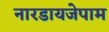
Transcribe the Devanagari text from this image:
नारडायजेपाम